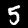
Label: 5